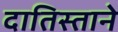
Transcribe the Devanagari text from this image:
दातिस्ताने